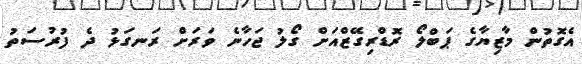
އެގޮތުން މާޒިޔާގެ ޕަބްލޯ ރޮޑްރިގޭޒްއަށް ގޯލު ޖަހާނެ ވަރަށް ރަނގަޅު ދެ ފުރުސަތު